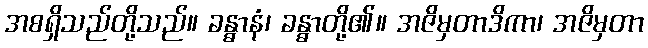
အစရှိသည်တို့သည်။ ခန္ဓာနံ၊ ခန္ဓာတို့၏။ အဇိမှတာဒိကာ၊ အဇိမှတာ